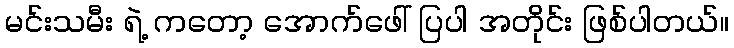
မင်းသမီး ရဲ့ ကတော့ အောက်ဖေါ် ပြပါ အတိုင်း ဖြစ်ပါတယ်။